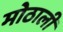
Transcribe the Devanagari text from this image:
मोठालीं